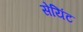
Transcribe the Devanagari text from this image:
सेयिंट